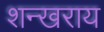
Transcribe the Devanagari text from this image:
शन्खराय